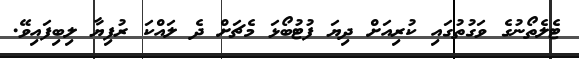
ޓެލެތޯނުގެ ވަގުތުގައި ކުރިއަށް ދިޔަ ފުޓުބޯޅަ މެޗަށް ދެ ލައްކަ ރުފިޔާ ލިބިފައިވޭ.